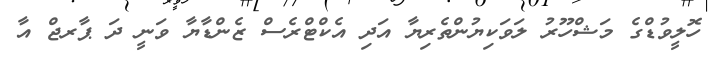
ހޮލީވުޑްގެ މަޝްހޫރު ލަވަކިޔުންތެރިޔާ އަދި އެކްޓްރެސް ޒެންޑާޔާ ވަނީ ދަ ޕާރޖް އާ